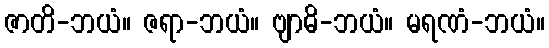
ဇာတိ-ဘယံ။ ဇရာ-ဘယံ။ ဗျာဓိ-ဘယံ။ မရဏံ-ဘယံ။